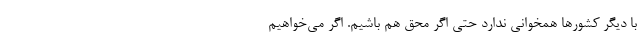
با دیگر کشورها همخوانی ندارد حتی اگر مُحِق هم باشیم. اگر می‌خواهیم